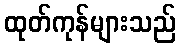
ထုတ်ကုန်များသည်